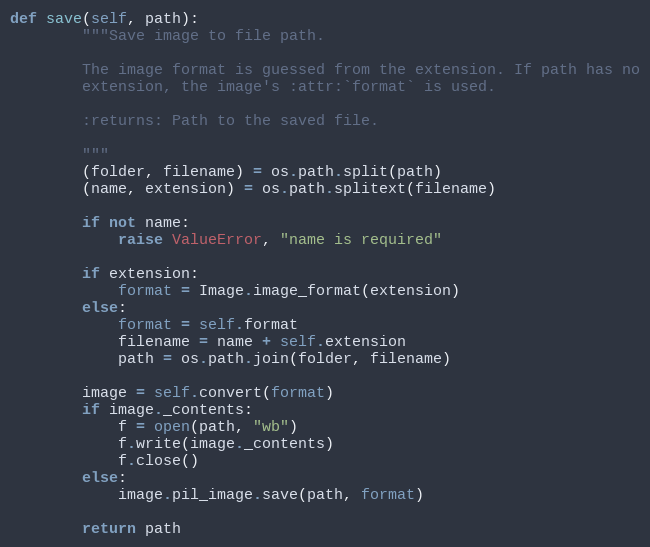
Language: Python
def save(self, path):
        """Save image to file path.

        The image format is guessed from the extension. If path has no
        extension, the image's :attr:`format` is used.

        :returns: Path to the saved file.

        """
        (folder, filename) = os.path.split(path)
        (name, extension) = os.path.splitext(filename)

        if not name:
            raise ValueError, "name is required"

        if extension:
            format = Image.image_format(extension)
        else:
            format = self.format
            filename = name + self.extension
            path = os.path.join(folder, filename)

        image = self.convert(format)
        if image._contents:
            f = open(path, "wb")
            f.write(image._contents)
            f.close()
        else:
            image.pil_image.save(path, format)

        return path